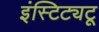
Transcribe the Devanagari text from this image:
इंस्टिट्यटू